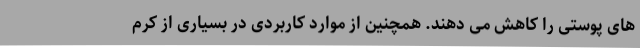
های پوستی را کاهش می دهند. همچنین از موارد کاربردی در بسیاری از کرم